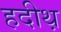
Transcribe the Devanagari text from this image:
हदीथ़